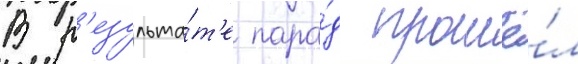
В р'езульта́т'е пара́д прошё́л